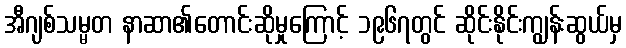
အီဂျစ်သမ္မတ နာဆာ၏တောင်းဆိုမှုကြောင့် ၁၉၆၇တွင် ဆိုင်းနိုင်းကျွန်းဆွယ်မှ